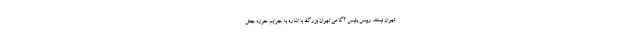
تهران نیستند. رییس پلیس آگاهی تهران بزرگ با اشاره به جرایم حوزه جعل